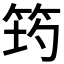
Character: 𥭀